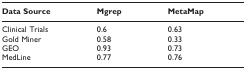
| Data Source | Mgrep | MetaMap |
 | --- | --- | --- |
 | Clinical Trials | 0.6 | 0.63 |
 | Gold Miner | 0.58 | 0.33 |
 | GEO | 0.93 | 0.73 |
 | MedLine | 0.77 | 0.76 |